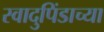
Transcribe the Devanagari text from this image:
स्वादुपिंडाच्या